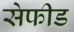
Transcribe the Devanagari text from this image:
सेफीड